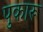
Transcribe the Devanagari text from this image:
पुकारू